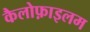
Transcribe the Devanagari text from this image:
कैलोफ़ाइलम